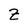
Character: Z